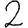
Digit: 2